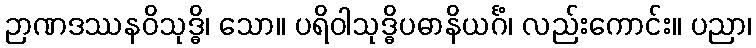
ဉာဏဒဿနဝိသုဒ္ဓိ၊ သော။ ပရိဝါသုဒ္ဓိပဓာနိယင်္ဂံ၊ လည်းကောင်း။ ပညာ၊